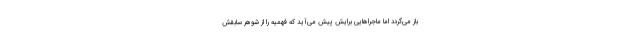
باز می‌گردد اما ماجراهایی برایش پیش می‌آید که فهمیه را از شوهر سابقش